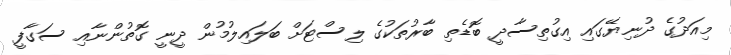
މިއަދުގެ ދުނިޔޭގައި އިގުތިސާދީ ބޮޑެތި ބާރުތަކުގެ ލިސްޓަށް ބަލައިލުމުން ދީނީ ގޮތުންނާއި ސަގާފީ